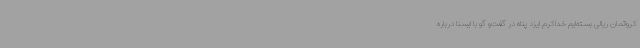
کرواتمان ریالی بسته‌ایم خداکرم ایزد پناه در گفت‌و گو با ایسنا درباره